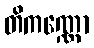
တိကဏ္ဏော